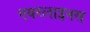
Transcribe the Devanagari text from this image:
एयरलाइनस